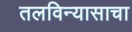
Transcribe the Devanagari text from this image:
तलविन्यासाचा